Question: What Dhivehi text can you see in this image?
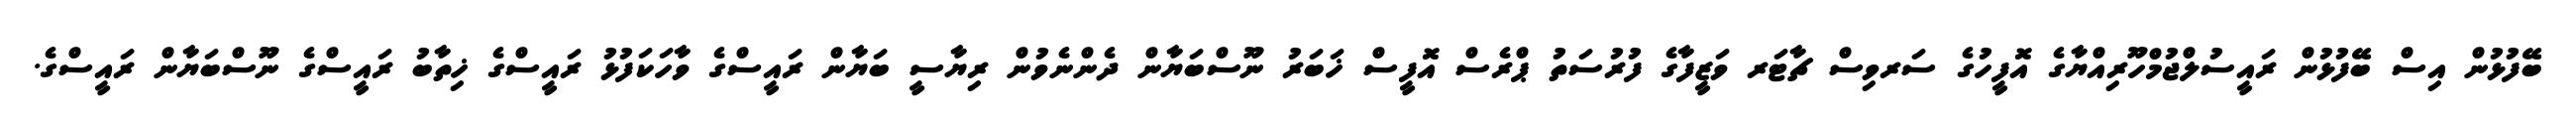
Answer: ބޭފުޅުން އިސް ބޭފުޅުން ރައީސުލްޖުމްހޫރިއްޔާގެ އޮފީހުގެ ސަރވިސް ޗާޓަރ ވަޒީފާގެ ފުރުސަތު ޕްރެސް އޮފީސް ޚަބަރު ނޫސްބަޔާން ދެންނެވުން ރިޔާސީ ބަޔާން ރައީސްގެ ވާހަކަފުޅު ރައީސްގެ ޚިތާބު ރައީސްގެ ނޫސްބަޔާން ރައީސްގެ.